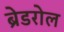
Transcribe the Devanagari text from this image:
ब्रेडरोल